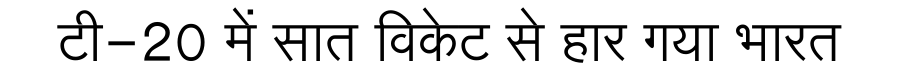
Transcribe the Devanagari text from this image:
टी-20 में सात विकेट से हार गया भारत